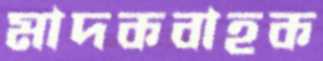
মাদকবাহক